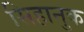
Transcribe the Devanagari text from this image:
सिहानुक